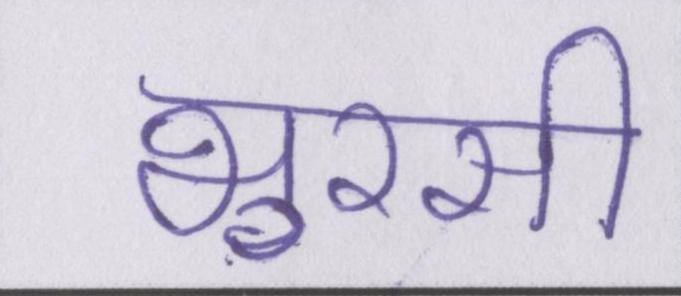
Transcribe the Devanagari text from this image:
भुरसी